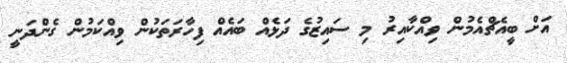
އަށް ބީއެޗްއެމުން ވިއްކާއިރު މި ސައިޒުގެ ދަޅެއް ބައެއް ފިހާރަތަކުން ވިއްކަމުން ގެންދަނީ